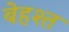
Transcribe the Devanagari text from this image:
बेहश्त